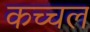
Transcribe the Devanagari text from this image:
कच्चल